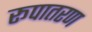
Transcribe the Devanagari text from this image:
रूपातरण